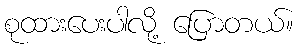
စုထားပေးပါလို့ ပြောတယ်။